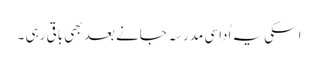
اسکی یہ اُداسی مدرسہ جانے بعد بھی باقی رہی ۔